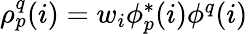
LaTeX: \begin{array}{r}{\rho_{p}^{q}(i)=w_{i}\phi_{p}^{*}(i)\phi^{q}(i)}\end{array}